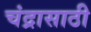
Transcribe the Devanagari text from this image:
चंद्रासाठी